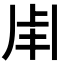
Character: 𤰆